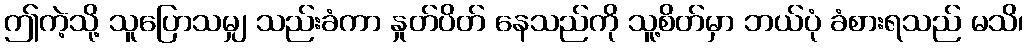
ဤကဲ့သို့ သူပြောသမျှ သည်းခံကာ နှုတ်ပိတ် နေသည်ကို သူ့စိတ်မှာ ဘယ်ပုံ ခံစားရသည် မသိ၊